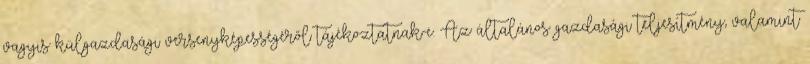
vagyis külgazdasági versenyképességéről tájékoztatnak-e. Az általános gazdasági teljesítmény, valamint